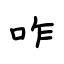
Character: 咋